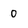
Character: 0